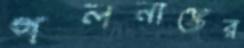
গলনাঙ্কের